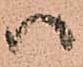
ハ